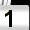
Digit: 1